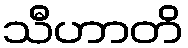
သီဟာတိ